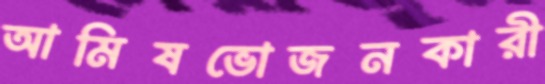
আমিষভোজনকারী